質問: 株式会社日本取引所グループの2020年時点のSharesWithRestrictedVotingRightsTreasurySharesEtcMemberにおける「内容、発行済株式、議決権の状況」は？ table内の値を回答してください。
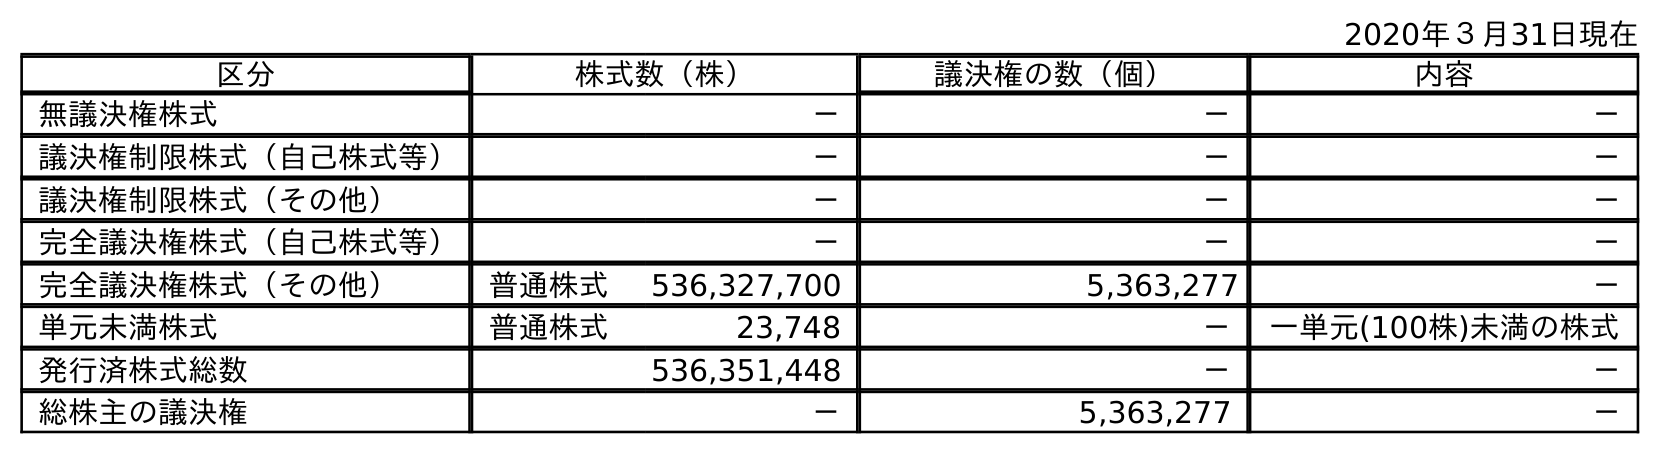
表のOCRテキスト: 2020年３月31日現在 区分 株式数（株） 議決権の数（個） 内容 無議決権株式 － － － 議決権制限株式（自己株式等） － － － 議決権制限株式（その他） － － － 完全議決権株式（自己株式等） － － － 完全議決権株式（その他） 普通株式 536,327,700 5,363,277 － 単元未満株式 普通株式 23,748 － 一単元(100株)未満の株式 発行済株式総数 536,351,448 － － 総株主の議決権 － 5,363,277 －
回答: －